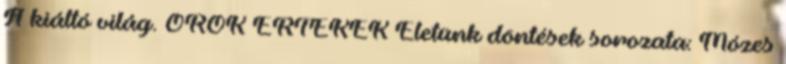
A kiáltó világ. ÖRÖK ÉRTÉKEK Életünk döntések sorozata: Mózes